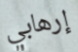
إرهابي